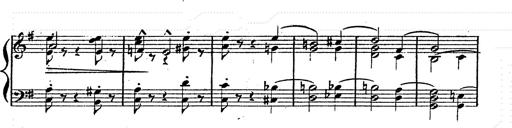
Title: Franz Schuberts geistliche Lieder
Composer: Franz Liszt